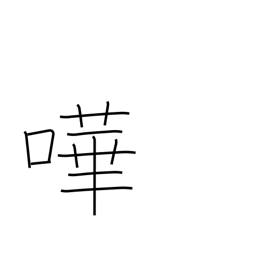
Meaning: noisy